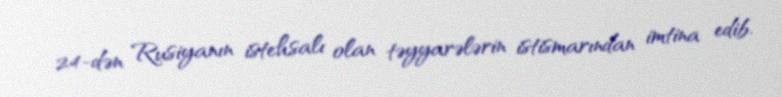
24-dən Rusiyanın istehsalı olan təyyarələrin istismarından imtina edib.